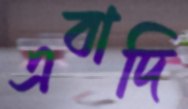
এবাদি